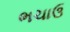
ભચાઉ